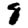
Digit: 8